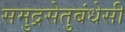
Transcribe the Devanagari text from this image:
समुद्रसेतुबंधेसी